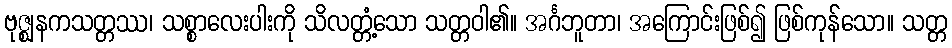
ဗုဇ္ဈနကသတ္တဿ၊ သစ္စာလေးပါးကို သိလတ္တံ့သော သတ္တဝါ၏။ အင်္ဂဘူတာ၊ အကြောင်းဖြစ်၍ ဖြစ်ကုန်သော။ သတ္တ